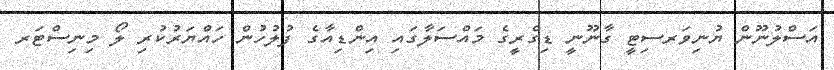
އަސްލުނޫން ޔުނިވަރސިޓީ ގާނޫނީ ޑިގްރީގެ މައްސަލާގައި އިންޑިއާގެ ފުލުހުން ހައްޔަރުކުރި ލޯ މިނިސްޓަރ